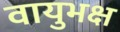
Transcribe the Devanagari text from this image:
वायुभक्ष